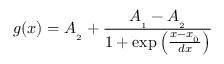
g ( x ) = A _ { _ { 2 } } + \frac { A _ { _ { 1 } } - A _ { _ { 2 } } } { 1 + \exp \left( \frac { x - x _ { _ { 0 } } } { d x } \right) }